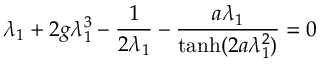
\lambda _ { 1 } + 2 g \lambda _ { 1 } ^ { 3 } - { \frac { 1 } { 2 \lambda _ { 1 } } } - { \frac { a \lambda _ { 1 } } { { \operatorname { t a n h } } ( 2 a \lambda _ { 1 } ^ { 2 } ) } } = 0